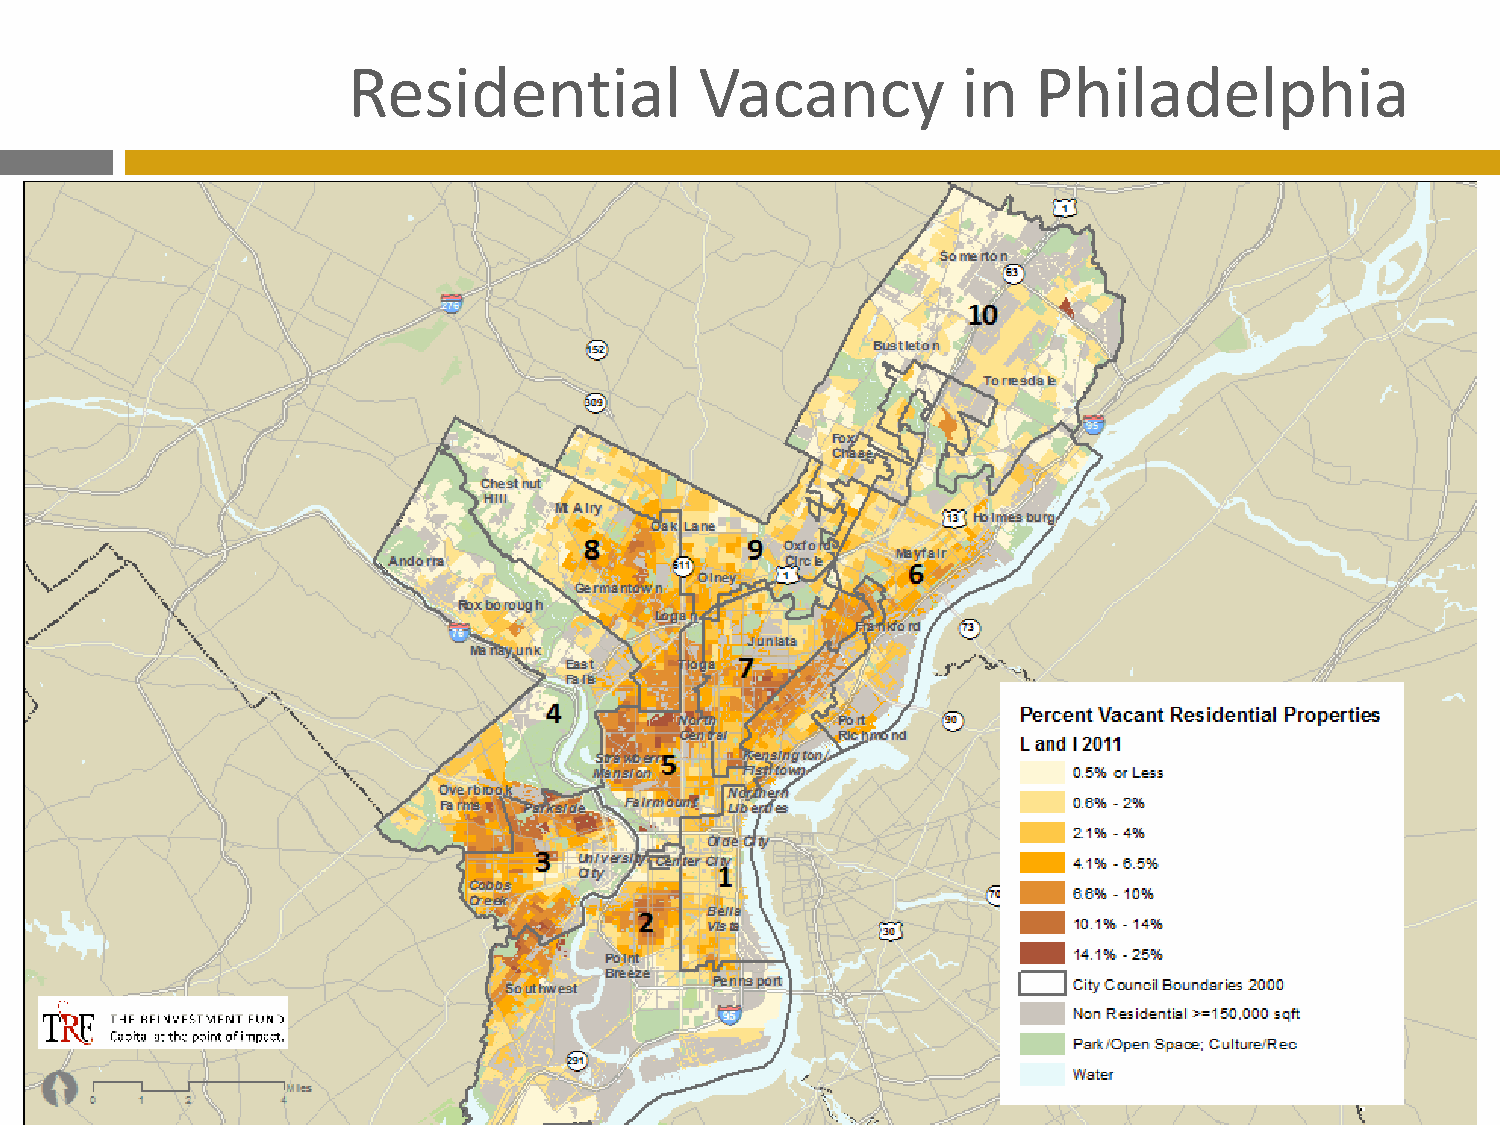
Residential            Vacancy           in   Philadelphia